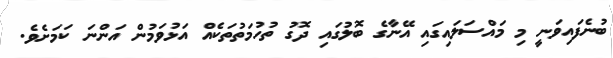
ބުނެފައިވަނީ މި މައްސަލައިގައި އޭނާގެ ބޮލުގައި ދޮގު ތުހުމަތުތަކެއް އަޅުވަމުން އަންނަ ކަމަށެވެ.